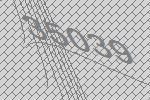
35039